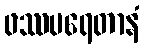
ဖဿပရေတာနံ